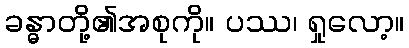
ခန္ဓာတို့၏အစုကို။ ပဿ၊ ရှုလော့။